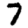
Digit: 7